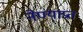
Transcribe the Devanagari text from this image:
नेण्याप्रत